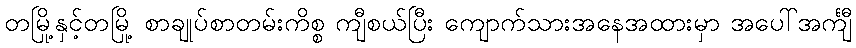
တမြို့နှင့်တမြို့ စာချုပ်စာတမ်းကိစ္စ ကျီစယ်ပြီး ကျောက်သားအနေအထားမှာ အပေါ်အင်္ကျီ